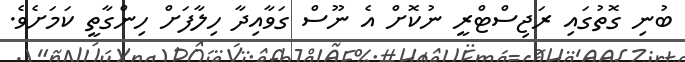
ބުނި ގޮތުގައި ރަޖިސްޓްރީ ނުކޮށް އެ ނޫސް ގަވާއިދާ ހިލާފަށް ހިންގާތީ ކަމަށެވެ.